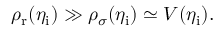
\rho _ { \mathrm { r } } ( \eta _ { \mathrm { i } } ) \gg \rho _ { \sigma } ( \eta _ { \mathrm { i } } ) \simeq V ( \eta _ { \mathrm { i } } ) .